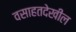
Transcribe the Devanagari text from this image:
वसाहतदेखील